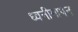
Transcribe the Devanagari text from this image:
ध्वनीमापन